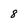
Character: 8